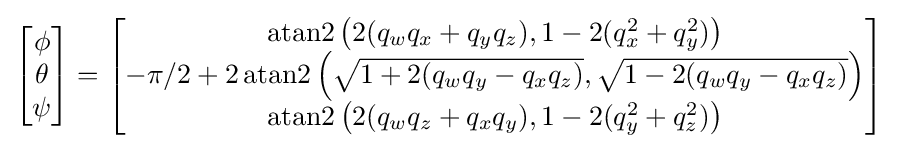
{\begin{bmatrix}\phi \\\theta \\\psi \end{bmatrix}}={\begin{bmatrix}{\mbox{atan2}}\left(2(q_{w}q_{x}+q_{y}q_{z}),1-2(q_{x}^{2}+q_{y}^{2})\right)\\-\pi /2+2\,{\mbox{atan2}}\left({\sqrt {1+2(q_{w}q_{y}-q_{x}q_{z})}},{\sqrt {1-2(q_{w}q_{y}-q_{x}q_{z})}}\right)\\{\mbox{atan2}}\left(2(q_{w}q_{z}+q_{x}q_{y}),1-2(q_{y}^{2}+q_{z}^{2})\right)\end{bmatrix}}